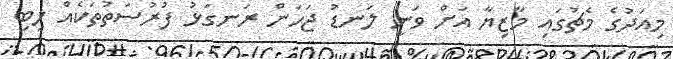
މިއަދުގެ މެޗުގައި މާޒިޔާ އަށް ވަނީ ލަނޑު ޖަހަން ރަނގަޅު ފުރުސަތުތަކެއް ލިބި